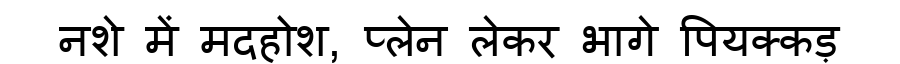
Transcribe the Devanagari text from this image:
नशे में मदहोश, प्लेन लेकर भागे पियक्कड़